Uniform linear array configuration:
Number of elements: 48
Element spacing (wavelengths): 0.5
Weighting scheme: kaiser
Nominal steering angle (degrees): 0
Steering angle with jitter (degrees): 0.8719
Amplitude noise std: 0.05
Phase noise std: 0.05

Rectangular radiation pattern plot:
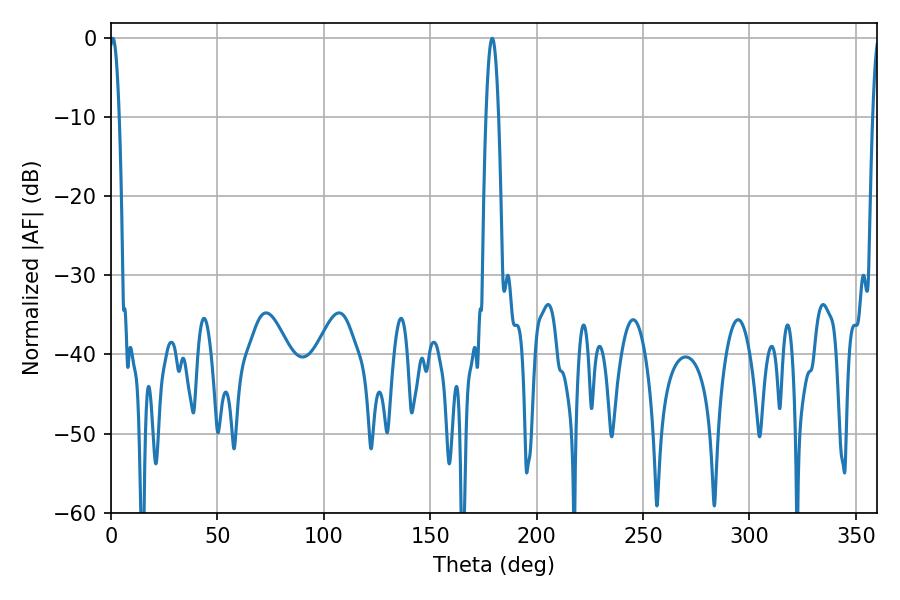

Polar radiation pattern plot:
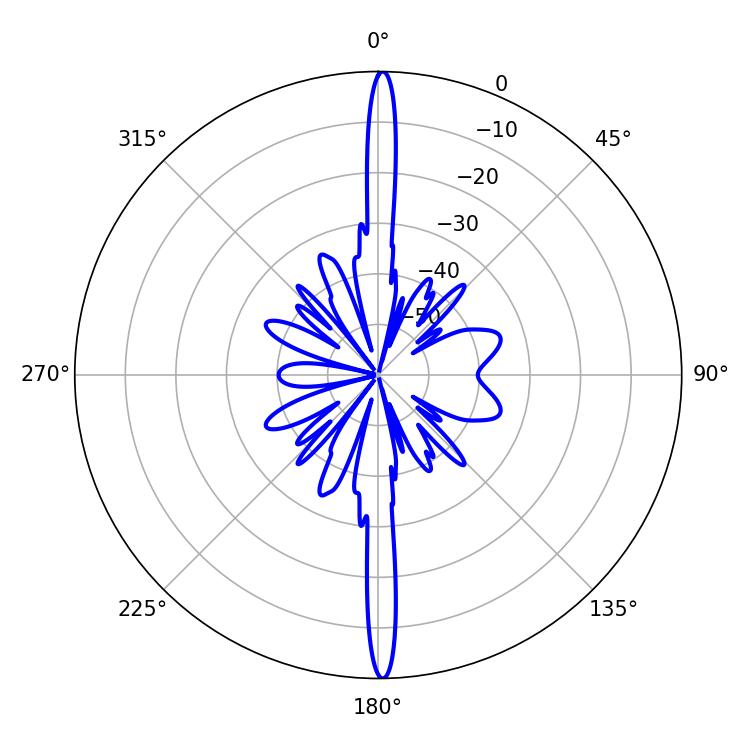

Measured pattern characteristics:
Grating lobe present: FALSE
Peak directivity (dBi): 30.181
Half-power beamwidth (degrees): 2.52
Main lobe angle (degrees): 0.9